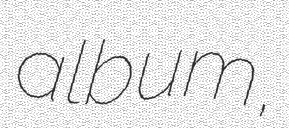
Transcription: album,